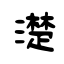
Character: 濋